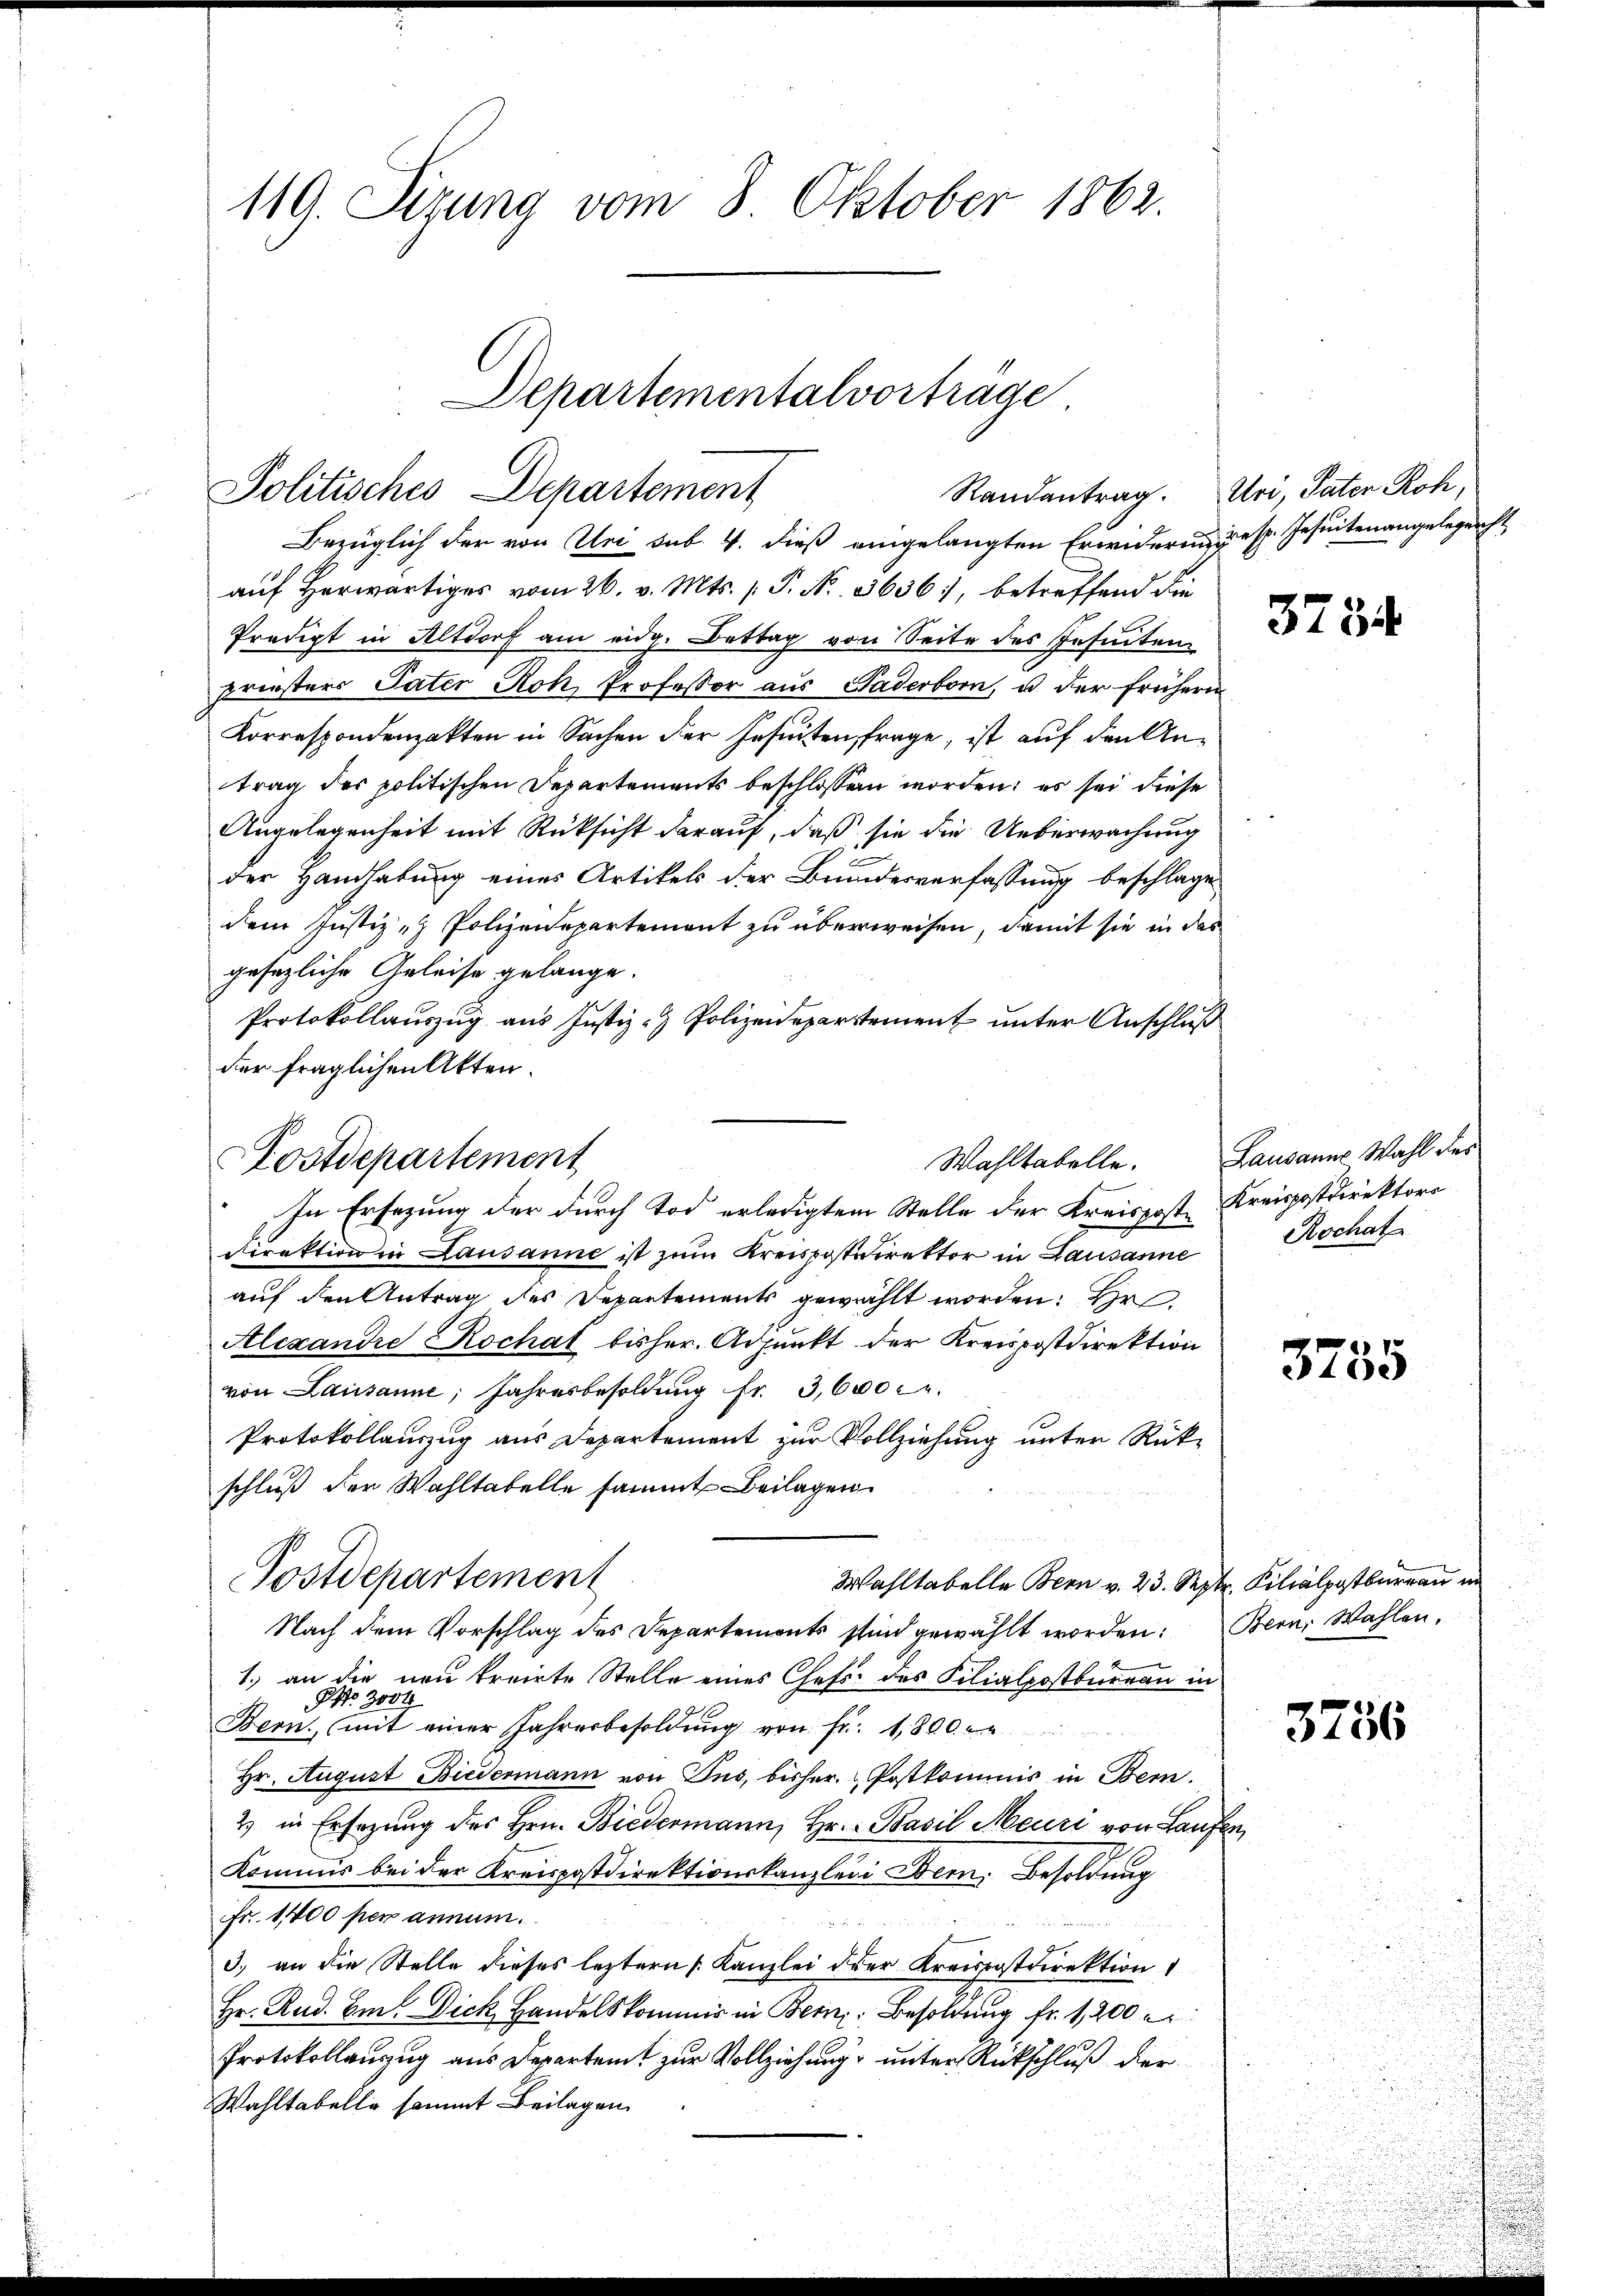
119. Sizung vom 8. Oktober 1862.

Bezüglich der von Uri sub. 4. dieß eingelangten Erwiderung resp. Jesuitenangelegenst
auf Herwärtiges vom 26. v. Mts. v. P. Nr. 3636, betreffend die
Predigt in Altdorf am eidg. Bettag von Seite des Gesenten
preisters Pater Roh Professor aus Paderborn, u. der frühern
Korrespondenzakten in Sachen der Insuiten, frage, ist auf den Antrag des politischen Departements beschlossen worden; es sei diese
Angelegenheit mit Rücksicht darauf, daß sie die Ueberwachung
der Handhabung eines Artikels der Brundesverfassung beschlage
dem Justiz- & Polizeidepartement zu überweisen, damit sie in das
gesezliche Geleise gelange.
Protokollauszug aus Justiz- & Polizeidepartement unter Anschluß
der fraglichen Akten.
Postdepartement
In Ersezung der durch Tod erledigtem Stelle der Kreisposte Kreispostdirektors
Direktion in Lausanne ist zŭm Kreispostdirektor in Lausanne Hochat
auf den Antrag des Departements gewählt worden: Hr
Alexandre Rochat bisher. Adpŭnkt der Kreispostdirektion
von Lausanne, Jahresbesoldung fr. 3,600 c.
Protokollauszug aus Departement zur Vollziehung unter Rückschluß der Wahltabelle sammt Beilagen.
Postdepartement
Wahltabelle Bern v. 23. Septr. Kilialpostburgau in
Nach dem Vorschlag des Departemonts sind gewählt worden. Bern, Wahlen.
1.) an die neu treirte Stelle eines Chefs des Filialpostbureau in
NNo. 3000
Bern (mit einer Jahresbesoldŭng von fr. 1800.
Hr. August Biedermann von Tus, bisher. Postkommnis in Bern.
2) in Ersezung des Hrn. Biedermann, Hr. Basil Meuri von Laufen
Kommis bei der Kreispostdirektionskanzlei Bern. Besoldung
Fr. 1400 per annum.
3. an die Stelle dieses leztern Kanzlei der Kreispostdirektion
Hr. Rud. Am Dick Handelskommis in Bern Besoldung fr. 1200
Protokollauszug aus Departamt zur Vollziehung unter Rückschluß dies
Wahltabelle sammt Beilagen

Departementalvorträge
Politisches Departement

Wahltabelle.

Randantrag. Uri, Pater Roh,

3734

Lausanns Wahl des

3755

3756

s
g
.
t